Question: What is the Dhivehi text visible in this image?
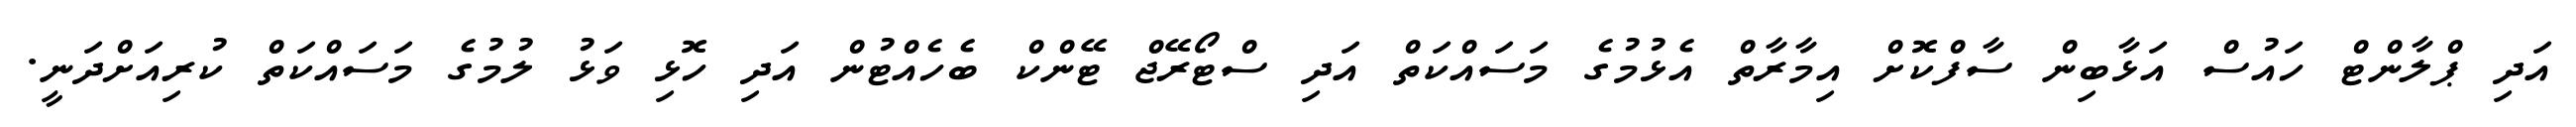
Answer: އަދި ޕްލާންޓް ހައުސް އަޅާބިން ސާފްކޮށް އިމާރާތް އެޅުމުގެ މަސައްކަތް އަދި ސްޓޯރޭޖް ޓޭންކް ބެހެއްޓުން އަދި ހޮޅި ވަޅު ލުމުގެ މަސައްކަތް ކުރިއަށްދަނީ.